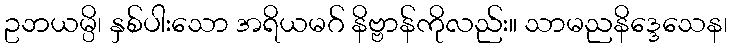
ဥဘယမ္ပိ၊ နှစ်ပါးသော အရိယမဂ် နိဗ္ဗာန်ကိုလည်း။ သာမညနိဒ္ဒေသေန၊